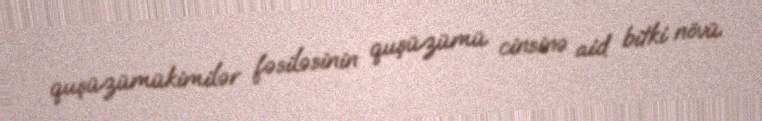
quşüzümükimilər fəsiləsinin quşüzümü cinsinə aid bitki növü.